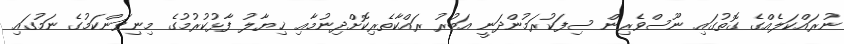
ނުރައްކަލެއްގެ ގޮތުގައި ނޫސްވެރިން ސިފަކުރަމުންދަނީ އަބުރު ރައްކާތެރިކޮށްދިނުމާއި ޚިޔާލު ފާޅުކުރުމުގެ މިނިވަންކަމުގެ ނަމުގައި